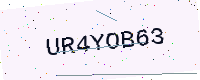
Text: UR4YOB63